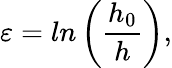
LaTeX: \varepsilon=ln\left(\frac{h_{0}}{h}\right),